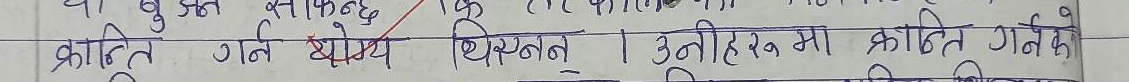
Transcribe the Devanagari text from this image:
क्रान्ति गर्न योग्य थिसन । उनीहरू मा काठिन गर्न